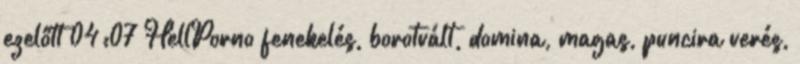
ezelőtt 04:07 HellPorno fenekelés, borotvált, domina, magas, puncira verés,